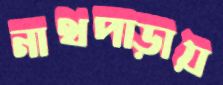
নাথপাড়ায়